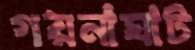
গয়নাঘাট